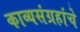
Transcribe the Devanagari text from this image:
काव्यसंग्रहांचे